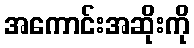
အကောင်းအဆိုးကို